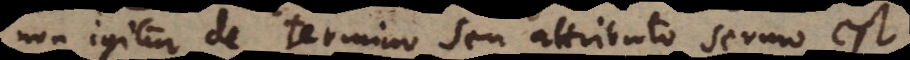
Non igitur de termino seu attributo sermo est.